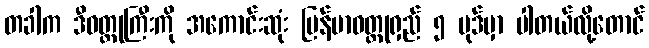
တခါက ဒီဝတ္ထုကြီးကို အကောင်းဆုံး မြန်မာဝတ္ထုရှည် ၅ ပုဒ်မှာ ပါတယ်လို့တောင်